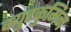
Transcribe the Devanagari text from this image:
क्युरकुमिन